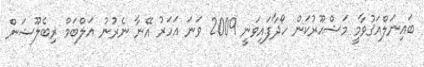
ބައިނަލްއަޤުވާމީ މަޝްޙޫރުކަން ހޯދާފައިވަނީ 2009 ވަނަ އަހަރު އޭނާ ނެރުނު އަލްބަމް ރިބެލޫޝަން